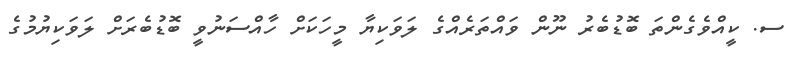
ސ. ކީއްވެގެންތަ ބޮޑުބެރު ނޫން ވައްތަރެއްގެ ލަވަކިޔާ މީހަކަށް ހާއްސަނުވީ ބޮޑުބެރަށް ލަވަކިޔުމުގެ